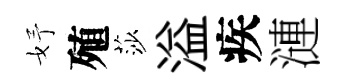
妤殖莎溢疾漣